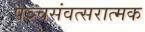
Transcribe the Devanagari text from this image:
पञ्चसंवत्सरात्मक